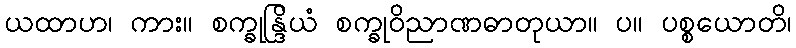
ယထာဟ၊ ကား။ စက္ခုန္ဒြိယံ စက္ခုဝိညာဏဓာတုယာ။ ပ။ ပစ္စယောတိ၊